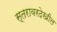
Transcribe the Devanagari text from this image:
स्तरावरदेखील